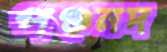
পঞ্চনদ